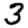
Digit: 3